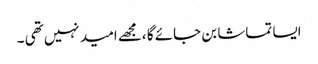
ایسا تماشا بن جائے گا ،مجھے امید نہیں تھی ۔